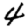
Digit: 4